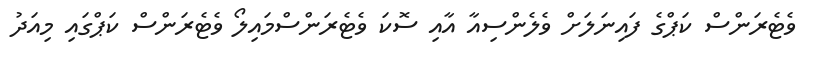
ވެޓެރަންސްް ކަޕްގެ ފައިނަލަށް ވެލެންސިއާ އާއި ސޮކަ ވެޓެރަންސްމައިލޯ ވެޓެރަންސް ކަޕްގައި މިއަދު